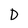
Character: D